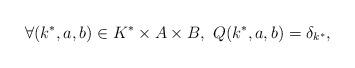
LaTeX: \begin{align*}\forall (k^*,a,b) \in K^*\times A\times B,\ Q(k^*,a,b)=\delta_{k^*},\end{align*}